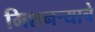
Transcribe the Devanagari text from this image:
मिशनर्‍याचे